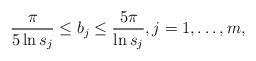
LaTeX: \begin{align*}\frac{\pi}{5\ln s_{j}}\leq b_{j}\leq \frac{5\pi}{\ln s_{j}}, j=1,\dots, m,\end{align*}